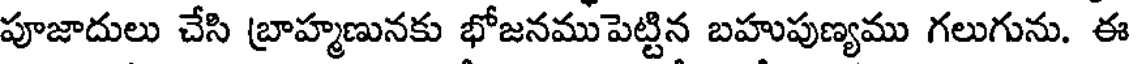
పూజాదులు చేసి బ్రాహ్మణునకు భోజనముపెట్టిన బహుపుణ్యము గలుగును. ఈ